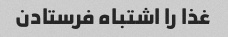
غذا را اشتباه فرستادن